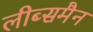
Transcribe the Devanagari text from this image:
लीब्समैन